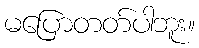
မပြောတတ်ပါဘူး။